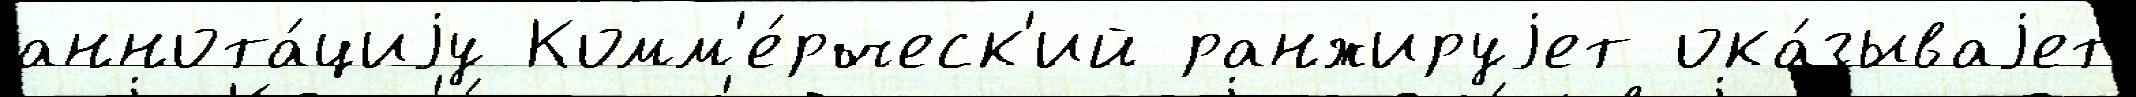
аннота́циjу Комм'е́рческ'ий ранжируjет ока́зываjет